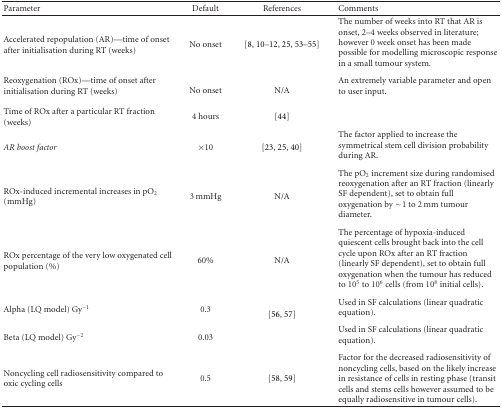
| Parameter | Default | References | Comments |
 | --- | --- | --- | --- |
 | Accelerated repopulation (AR)—time of onset after initialisation during RT (weeks) | No onset | [8, 10–12, 25, 53–55] | The number of weeks into RT that AR is onset, 2–4 weeks observed in literature; however 0 week onset has been made possible for modelling microscopic response in a small tumour system. |
 | Reoxygenation (ROx)—time of onset after initialisation during RT (weeks) | No onset | N/A | An extremely variable parameter and open to user input. |
 | Time of ROx after a particular RT fraction (weeks) | 4 hours | [44] |  |
 | AR boost factor | ×10 | [23, 25, 40] | The factor applied to increase the symmetrical stem cell division probability during AR. |
 | ROx-induced incremental increases in pO2 (mmHg) | 3 mmHg | N/A | The pO2 increment size during randomised reoxygenation after an RT fraction (linearly SF dependent), set to obtain full oxygenation by ~1 to 2 mm tumour diameter. |
 | ROx percentage of the very low oxygenated cell population (%) | 60% | N/A | The percentage of hypoxia-induced quiescent cells brought back into the cell cycle upon ROx after an RT fraction (linearly SF dependent), set to obtain full oxygenation when the tumour has reduced to 105 to 106 cells (from 108 initial cells). |
 | Alpha (LQ model) Gy−1 | 0.3 | [56, 57] | Used in SF calculations (linear quadratic equation). |
 | Beta (LQ model) Gy−2 | 0.03 |  | Used in SF calculations (linear quadratic equation). |
 | Noncycling cell radiosensitivity compared to oxic cycling cells | 0.5 | [58, 59] | Factor for the decreased radiosensitivity of noncycling cells, based on the likely increase in resistance of cells in resting phase (transit cells and stems cells however assumed to be equally radiosensitive in tumour cells). |